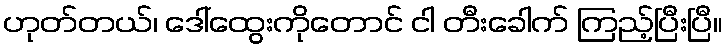
ဟုတ်တယ်၊ ဒေါ်ထွေးကိုတောင် ငါ တီးခေါက် ကြည့်ပြီးပြီ။